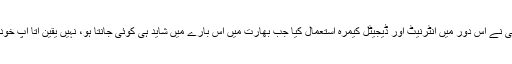
مودی جی نے اس دور میں انٹرنیٹ اور ڈیجیٹل کیمرہ استعمال کیا جب بھارت میں اس بارے میں شاید ہی کوئی جانتا ہو، نہیں یقین آتا آپ خود سن لیں۔